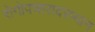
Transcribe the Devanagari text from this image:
रोगोपचारादरम्यान